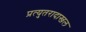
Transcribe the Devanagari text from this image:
प्रत्युतरादाखल